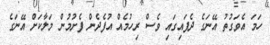
ހަމަ އެވަގުތު އޭނަގެ ދެފައިގައި ވެސް ރިހުމެއް އުފެދެން ފެށުމުން މަލާކަށް އޭނަގެ